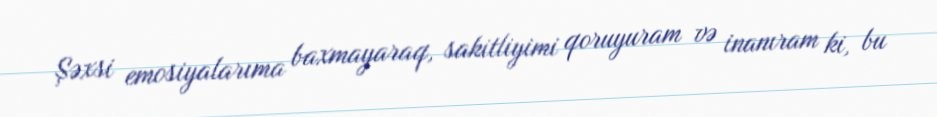
Şəxsi emosiyalarıma baxmayaraq, sakitliyimi qoruyuram və inanıram ki, bu